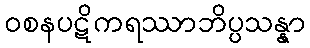
ဝစနပဋိကရဿာဘိပ္ပသန္နာ